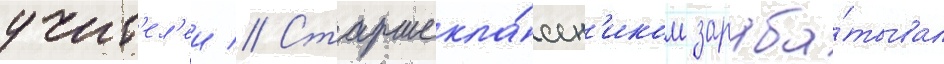
учит'ел'еи // Старшекла́ссн'иком зараба́тывал